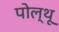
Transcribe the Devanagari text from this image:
पोल्थू